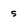
Character: 5